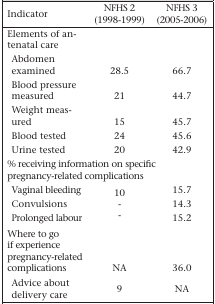
<table><thead><tr><td><b>Indicator</b></td><td><b>NFHS 2 (1998-1999)</b></td><td><b>NFHS 3 (2005-2006)</b></td></tr></thead><tbody><tr><td>Elements of antenatal care</td><td></td><td></td></tr><tr><td>Abdomen examined</td><td>28.5</td><td>66.7</td></tr><tr><td>Blood pressure measured</td><td>21</td><td>44.7</td></tr><tr><td>Weight measured</td><td>15</td><td>45.7</td></tr><tr><td>Blood tested</td><td>24</td><td>45.6</td></tr><tr><td>Urine tested</td><td>20</td><td>42.9</td></tr><tr><td colspan="3">% receiving information on specific pregnancy-related complications</td></tr><tr><td>Vaginal bleeding</td><td>10</td><td>15.7</td></tr><tr><td>Convulsions</td><td>-</td><td>14.3</td></tr><tr><td>Prolonged labour</td><td>-</td><td>15.2</td></tr><tr><td>Where to go if experience pregnancy-related complications</td><td>NA</td><td>36.0</td></tr><tr><td>Advice about delivery care</td><td>9</td><td>NA</td></tr></tbody></table>